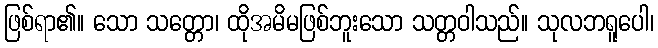
ဖြစ်ရာ၏။ သော သတ္တော၊ ထိုအမိမဖြစ်ဘူးသော သတ္တဝါသည်။ သုလဘရူပေါ၊